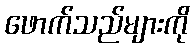
ဖောက်သည်များကို